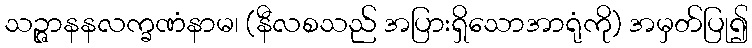
သဉ္ဇာနနလက္ခဏံနာမ၊ (နီလစသည် အပြားရှိသောအာရုံကို) အမှတ်ပြု၍